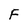
Character: F